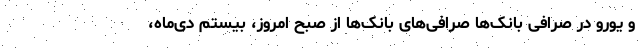
و یورو در صرافی بانک‌ها صرافی‌های بانک‌ها از صبح امروز، بیستم دی‌ماه،